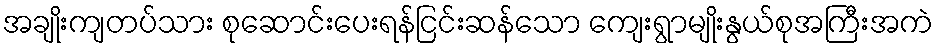
အချိုးကျတပ်သား စုဆောင်းပေးရန်ငြင်းဆန်သော ကျေးရွာမျိုးနွယ်စုအကြီးအကဲ